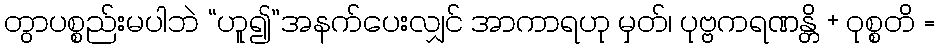
တွာပစ္စည်းမပါဘဲ “ဟူ၍”အနက်ပေးလျှင် အာကာရဟု မှတ်၊ ပုဗ္ဗကရဏန္တိ + ဝုစ္စတိ =